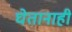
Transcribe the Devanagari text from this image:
घेतानाही